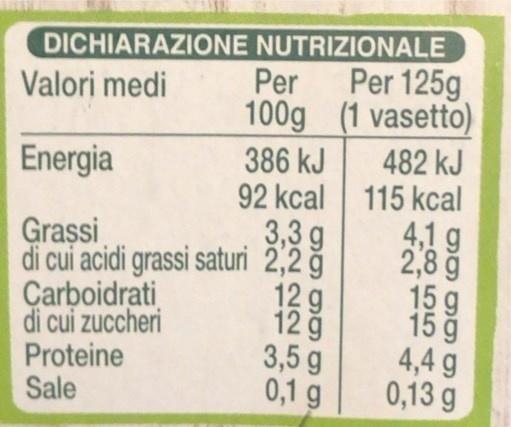
DICHIARAZIONE NUTRIZIONALE
Per
Per 125g
Valori medi
100g (1 vasetto)
482 kJ
386 kJ 92 kcal 115 kcal 3,3 g
Energia
Grassi di cui acidi grassi saturi 2,2 ğ Carboidrati di cui zuccheri Proteine Sale
12 g 12 ğ 3,5 g 0,1 g
4,1 g 2,8 ğ 15 g 15 9 4,4 g 0,13 g